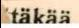
täkää